Indian journal of veterinary science and animal husbandry - Volume 1,
Year: 1931
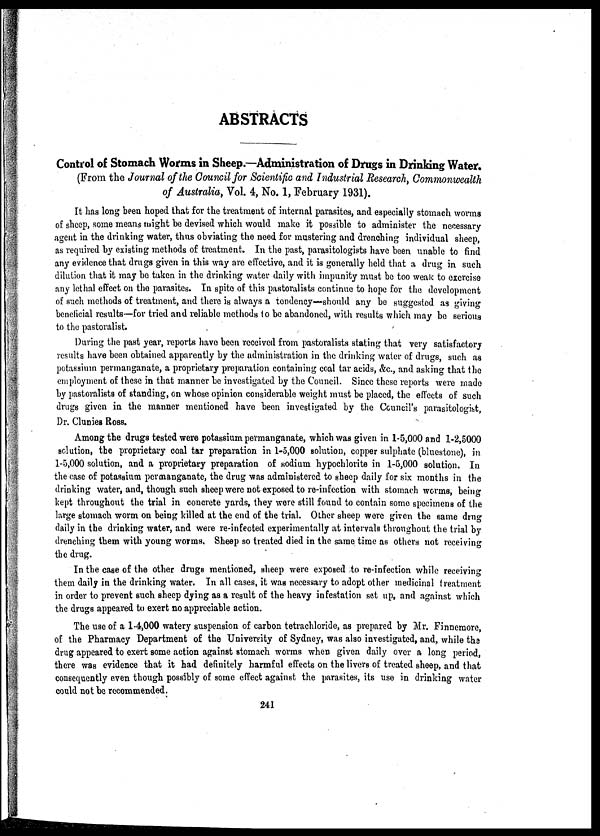
ABSTRACTS
Control of Stomach Worms in Sheep.—Administration of Drugs in Drinking Water.
(From the Journal of the Council for Scientific and Industrial Research, Commonwealth
of Australia, Vol. 4, No. 1, February 1931).
It has long been hoped that for the treatment of internal parasites, and especially stomach worms
of sheep, some means might be devised which would make it possible to administer the necessary
agent in the drinking water, thus obviating the need for mustering and drenching individual sheep,
as required by existing methods of treatment. In the past, parasitologists have been unable to find
any evidence that drugs given in this way are effective, and it is generally held that a drug in such
dilution that it may be taken in the drinking water daily with impunity must be too weak to exercise
any lethal effect on the parasites. In spite of this pastoralists continue to hope for the development
of such methods of treatment, and there is always a tendency—should any be suggested as giving
beneficial results—for tried and reliable methods to be abandoned, with results which may be serious
to the pastoralist.
During the past year, reports have been received from pastoralists stating that very satisfactory
results have been obtained apparently by the administration in the drinking water of drugs, such as
potassium permanganate, a proprietary preparation containing coal tar acids, &c., and asking that the
employment of these in that manner be investigated by the Council. Since these reports were made
by pastoralists of standing, on whose opinion considerable weight must be placed, the effects of such
drugs given in the manner mentioned have been investigated by the Council's parasitologist,
Dr. Clunies Ross.
Among the drugs tested were potassium permanganate, which was given in 1-5,000 and 1-2,5000
solution, the proprietary coal tar preparation in 1-5,000 solution, copper sulphate (bluestone), in
1-5,000 solution, and a proprietary preparation of sodium hypochlorite in 1-5,000 solution. In
the case of potassium permanganate, the drug was administered to sheep daily for six months in the
drinking water, and, though such sheep were not exposed to re-infection with stomach worms, being
kept throughout the trial in concrete yards, they were still found to contain some specimens of the
large stomach worm on being killed at the end of the trial. Other sheep were given the same drug
daily in the drinking water, and were re-infected experimentally at intervals throughout the trial by
drenching them with young worms. Sheep so treated died in the same time as others not receiving
the drug.
In the case of the other drugs mentioned, sheep were exposed to re-infection while receiving
them daily in the drinking water. In all cases, it was necessary to adopt other medicinal treatment
in order to prevent such sheep dying as a result of the heavy infestation set up, and against which
the drugs appeared to exert no appreciable action.
The use of a 1-4,000 watery suspension of carbon tetrachloride, as prepared by Mr. Finnemore,
of the Pharmacy Department of the University of Sydney, was also investigated, and, while the
drug appeared to exert some action against stomach worms when given daily over a long period,
there was evidence that it had definitely harmful effects on the livers of treated sheep, and that
consequently even though possibly of some effect against the parasites, its use in drinking water
could not be recommended.
241